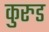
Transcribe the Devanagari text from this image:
कुरुड